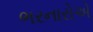
ભરનારોએ